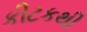
કીટકથી